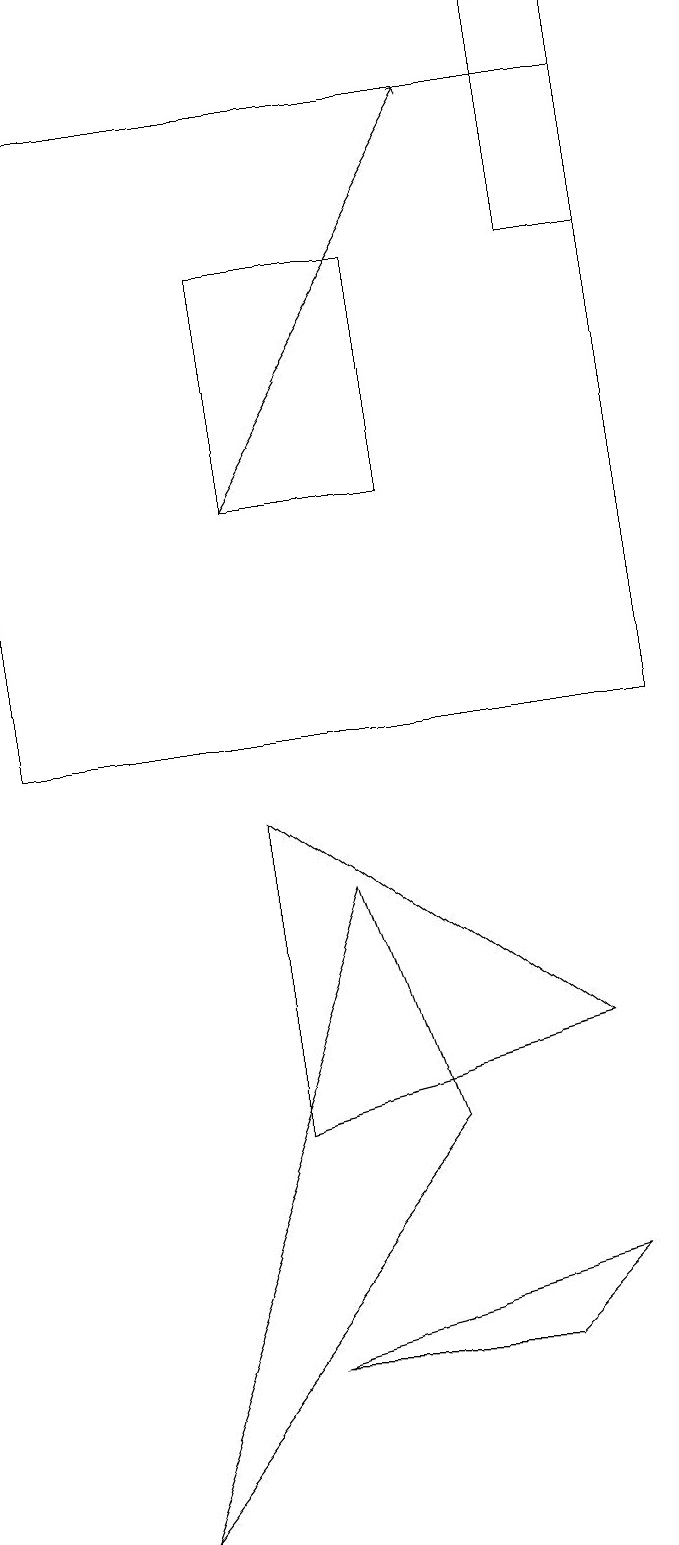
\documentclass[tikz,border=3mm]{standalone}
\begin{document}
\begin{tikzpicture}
\draw (5,5) -- (1,0) -- (4,8) -- cycle;
\draw (3,9) -- (7,6) -- (3,5) -- cycle;
\draw (7,16) rectangle (8,19);
\draw[->] (3,13) -- (6,18);
\draw (6,2) -- (3,2) -- (7,3) -- cycle;
\draw (5,16) rectangle (3,13);
\draw (8,18) rectangle (0,10);
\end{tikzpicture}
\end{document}